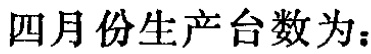
四月份生产台数为：